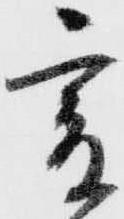
爰